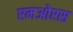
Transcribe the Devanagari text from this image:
एमओएस